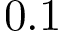
0 . 1